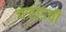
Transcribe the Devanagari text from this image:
वऱ्हाडची